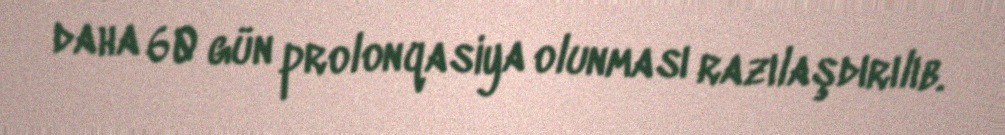
daha 60 gün prolonqasiya olunması razılaşdırılıb.